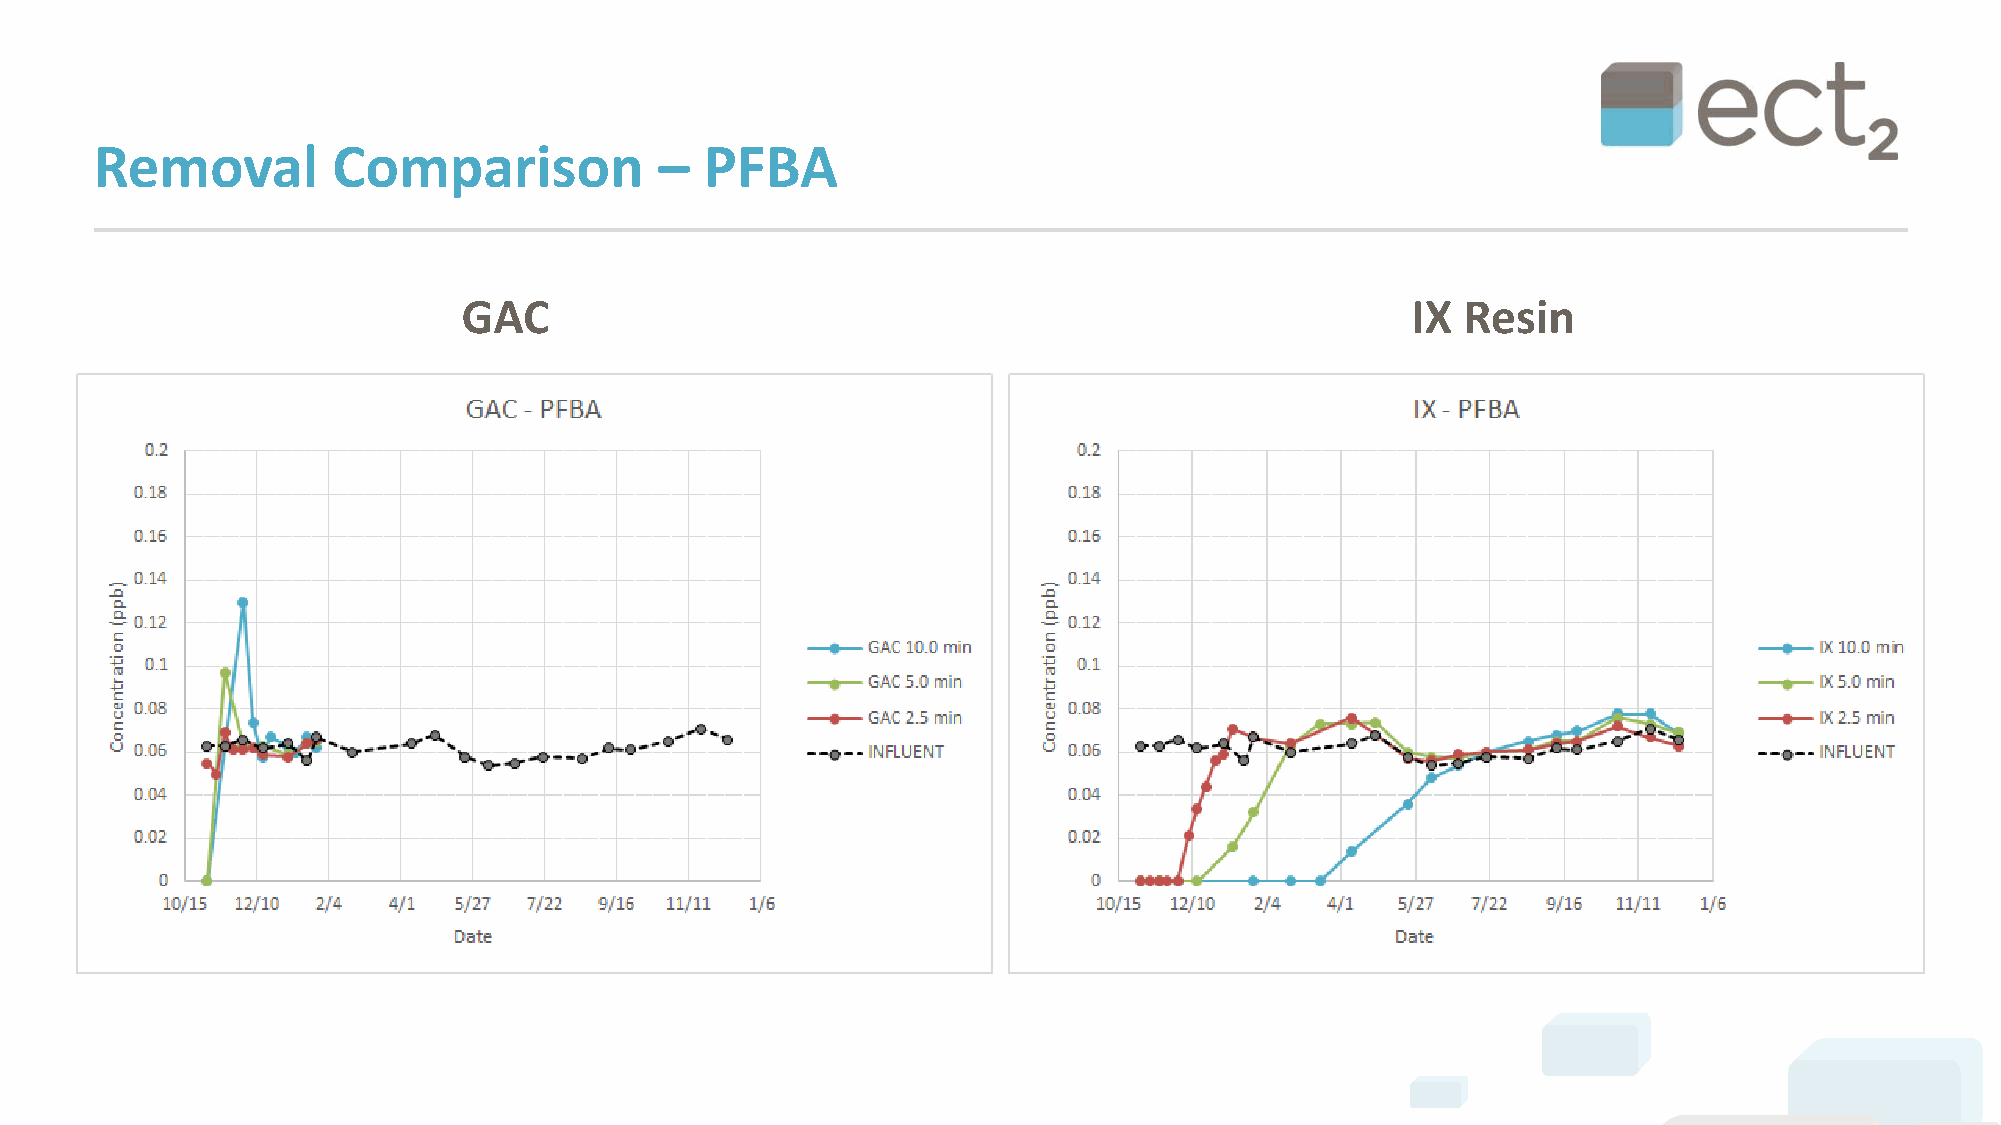
Removal         Comparison            –  PFBA
 GAC                                                           IX  Resin